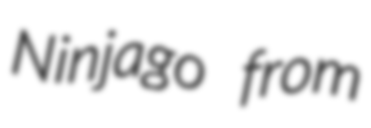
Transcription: Ninjago from